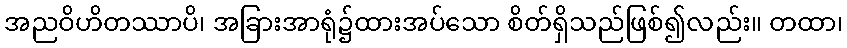
အညဝိဟိတဿာပိ၊ အခြားအာရုံ၌ထားအပ်သော စိတ်ရှိသည်ဖြစ်၍လည်း။ တထာ၊